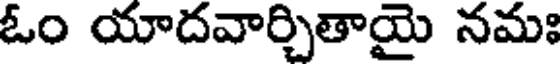
ఓం యాదవార్చితాయై నమః